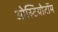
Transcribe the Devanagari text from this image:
ओस्टियोटॉम